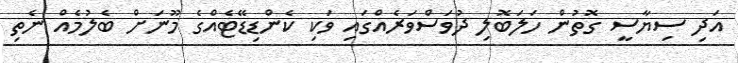
އަދި ސިޔާސީ ގޮތުން ހަލަބޮލި ދުވަސްވަރެއްގައި ވަކި ކެންޑިޑޭޓެއްގެ މޫނަށް ބެލުމެއް ނެތި